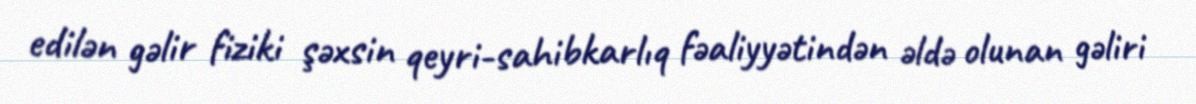
edilən gəlir fiziki şəxsin qeyri-sahibkarlıq fəaliyyətindən əldə olunan gəliri